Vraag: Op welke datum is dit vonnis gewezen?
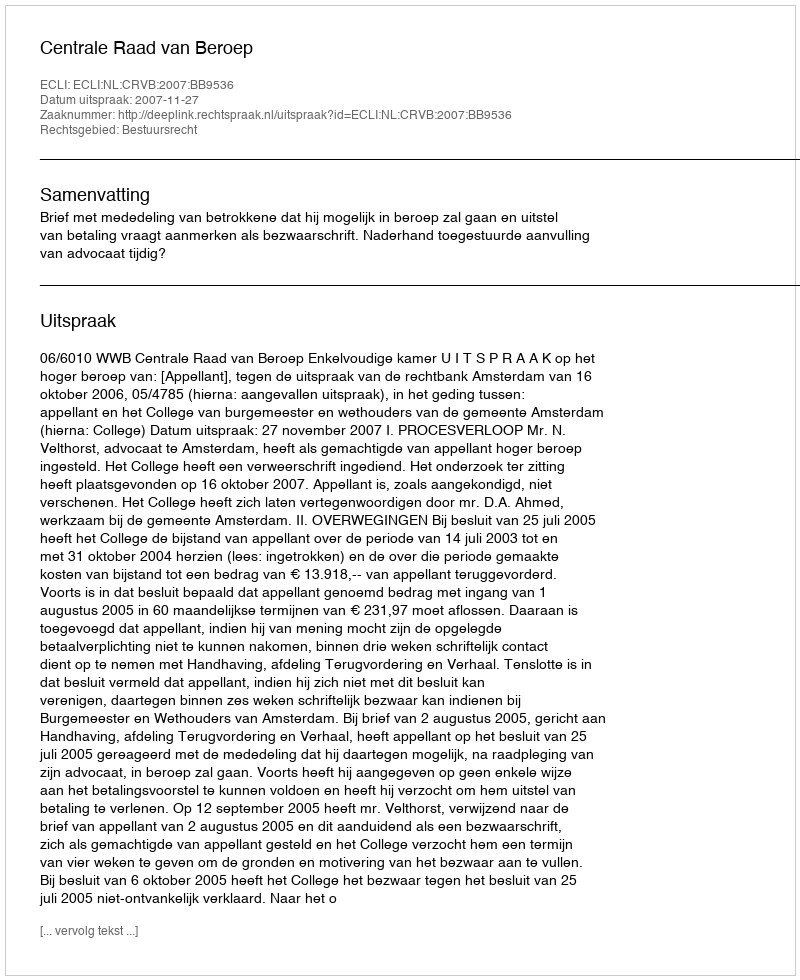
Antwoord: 2007-11-27